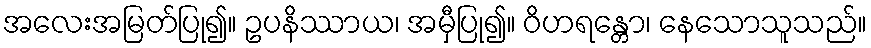
အလေးအမြတ်ပြု၍။ ဥပနိဿာယ၊ အမှီပြု၍။ ဝိဟရန္တော၊ နေသောသူသည်။